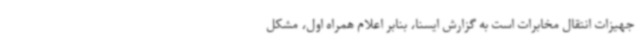
جهیزات انتقال مخابرات است به گزارش ایسنا، بنابر اعلام همراه اول، مشکل